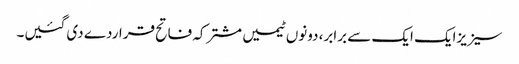
سیزیزایک ایک سے برابر، دونوں ٹیمیں مشترکہ فاتح قراردے دی گئیں۔